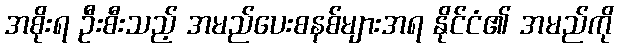
အစိုးရ ဦးစီးသည့် အမည်ပေးစနစ်များအရ နိုင်ငံ၏ အမည်ကို